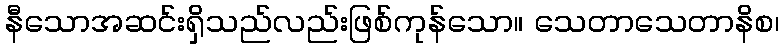
နီသောအဆင်းရှိသည်လည်းဖြစ်ကုန်သော။ သေတာသေတာနိစ၊